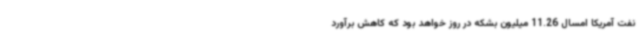
نفت آمریکا امسال 11.26 میلیون بشکه در روز خواهد بود که کاهش برآورد